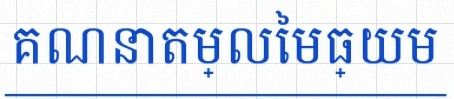
គណនាតម្លៃមធ្យម